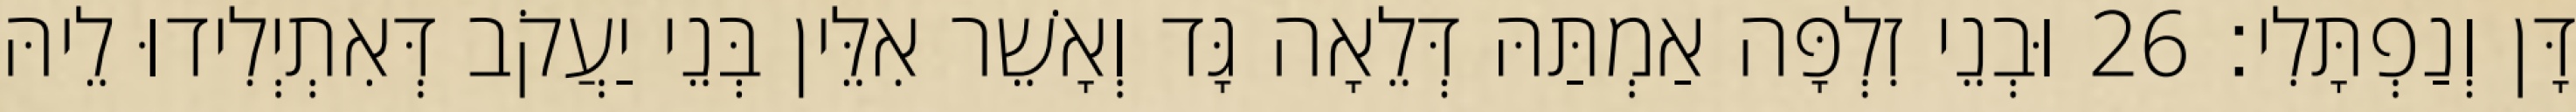
דָּן וְנַפְתָּלִי׃ 26 וּבְנֵי זִלְפָּה אַמְתַּהּ דְּלֵאָה גָּד וְאָשֵׁר אִלֵּין בְּנֵי יַעֲקֹב דְּאִתְיְלִידוּ לֵיהּ